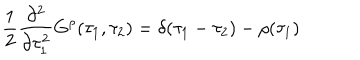
{ \frac { 1 } { 2 } } { \frac { \partial ^ { 2 } } { \partial \tau _ { 1 } ^ { 2 } } } G ^ { \rho } ( \tau _ { 1 } , \tau _ { 2 } ) = \delta ( \tau _ { 1 } - \tau _ { 2 } ) - \rho ( \tau _ { 1 } )